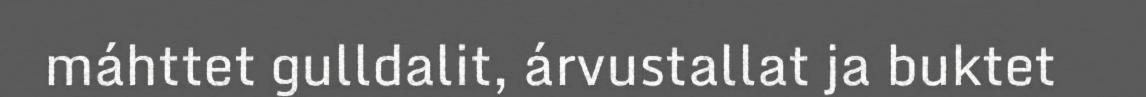
máhttet gulldalit, árvustallat ja buktet